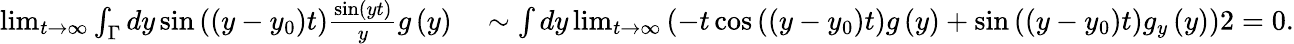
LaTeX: \begin{array}{rl}{\operatorname*{lim}_{t\rightarrow\infty}\int_{\Gamma}dy\sin\left(\left(y-y_{0}\right)t\right)\frac{\sin\left(yt\right)}{y}g\left(y\right)}&{{}\sim\int dy\operatorname*{lim}_{t\rightarrow\infty}\left(-t\cos\left(\left(y-y_{0}\right)t\right)g\left(y\right)+\sin\left(\left(y-y_{0}\right)t\right)g_{y}\left(y\right)\right)2=0.}\end{array}